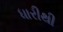
ધારીથી